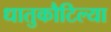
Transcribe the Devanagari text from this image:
धातुकौटिल्या